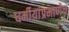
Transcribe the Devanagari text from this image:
धर्मीयांप्रमाणेच